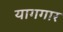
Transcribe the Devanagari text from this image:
यागगार